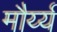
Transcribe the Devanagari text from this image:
मौर्य्य